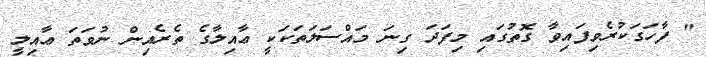
" ފާހަގަކުރެވިފައިވާ ގޮތުގައި މިފަދަ ގިނަ މައްސަލަތަކަކީ ޢާއިލާގެ ތެރެއިން ނުވަތަ ޢާއިލީ